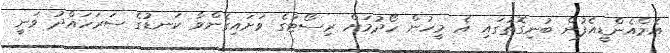
އެމްއެންޑީއެފުން ބުނިގޮތުގައި އެ މީހުން ހޯދުމަށް ރިސޯޓުގެ ވަށައިގެންވާ ކަނޑުގެ ސަރަހައްދު ވަނީ